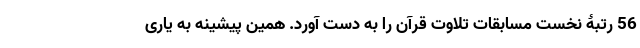
56 رتبۀ نخست مسابقات تلاوت قرآن را به دست آورد. همین پیشینه به یاری